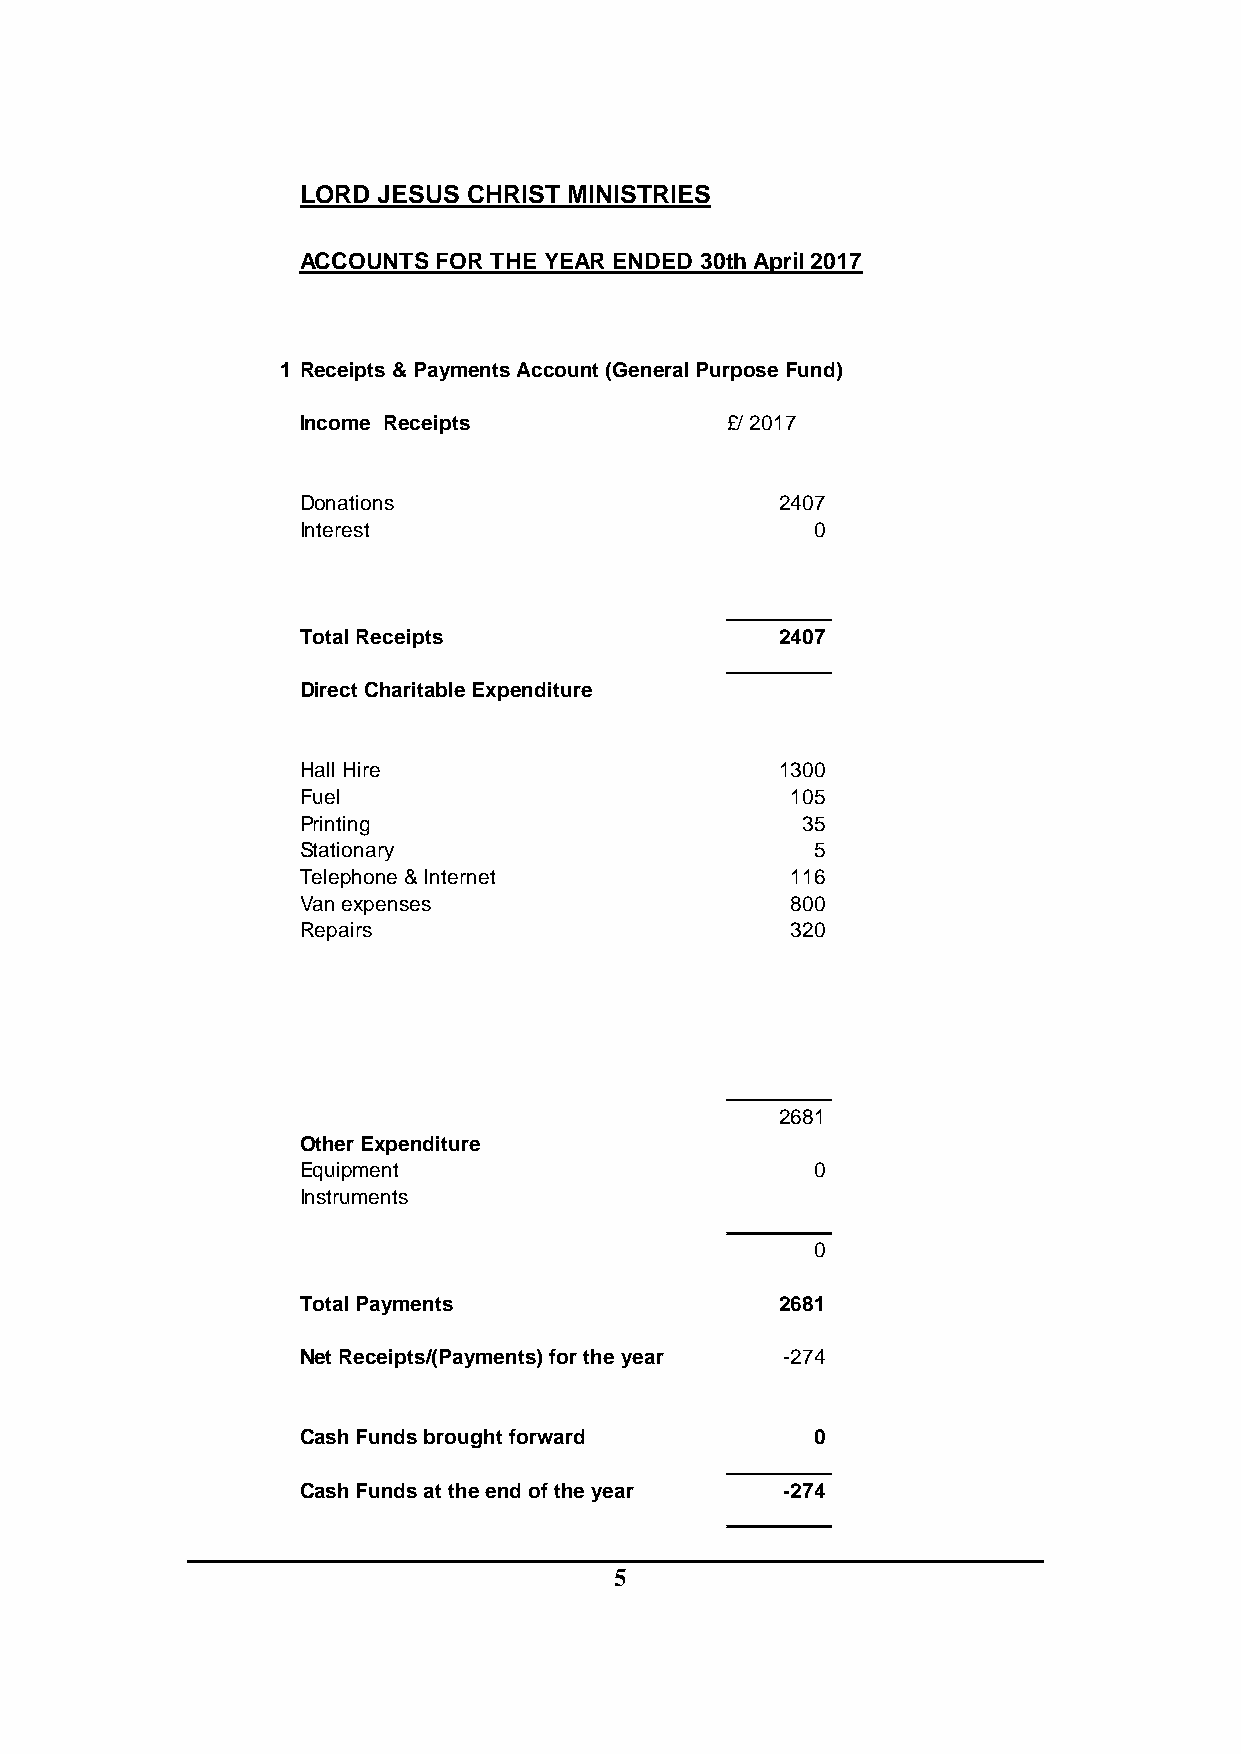
LORD JESUS CHRIST MINISTRIES
 ACCOUNTS FOR THE YEAR ENDED 30th April 2017
 1 Receipts & Payments Account (General Purpose Fund)
 Income Receipts             £/ 2017
 Donations                       2407
 Interest                          0
 _________
 Total Receipts                  2407
 _________
 Direct Charitable Expenditure
 Hall Hire                       1300
 Fuel                            105
 Printing                         35
 Stationary                        5
 Telephone & Internet            116
 Van expenses                    800
 Repairs                         320
 _________
 2681
 Other Expenditure
 Equipment                         0
 Instruments
 _________
 0
 Total Payments                  2681
 Net Receipts/(Payments) for the year -274
 Cash Funds brought forward        0
 _________
 Cash Funds at the end of the year -274
 _________
 5